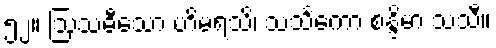
၅၂။ ဩသဓီသော ဟိမရံသိ၊ သသင်္ကော စန္ဒိမာ သသီ။